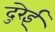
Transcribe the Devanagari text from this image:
दुरेई